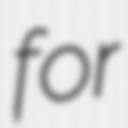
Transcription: for